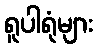
ရူပါရုံများ